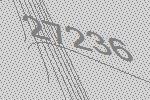
27236